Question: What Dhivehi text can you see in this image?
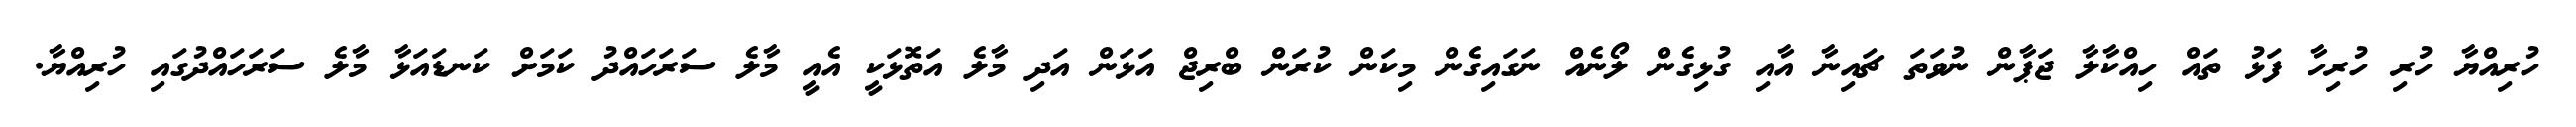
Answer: ހުރިއްޔާ ހުރި ހުރިހާ ފަޅު ތައް ހިއްކާލާ ޖަޕާން ނުވަތަ ޗައިނާ އާއި ގުޅިގެން ލޯނެއް ނަގައިގެން މިކަން ކުރަން ބްރިޖް އަޅަން އަދި މާލެ އަތޮޅަކީ އެއީ މާލެ ސަރަހައްދު ކަމަށް ކަނޑައަޅާ މާލެ ސަރަހައްދުގައި ހުރިއްޔާ.